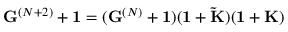
{ \bf G } ^ { ( N + 2 ) } + { \bf 1 } = ( { \bf G } ^ { ( N ) } + { \bf 1 } ) ( { \bf 1 } + { \bf \tilde { K } } ) ( { \bf 1 } + { \bf K } )